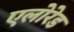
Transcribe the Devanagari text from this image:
एलोरेड